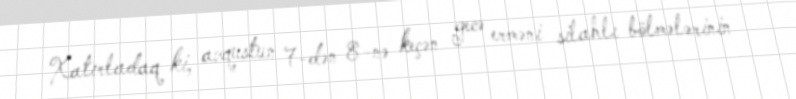
Xatırladaq ki, avqustun 7-dən 8-nə keçən gecə erməni silahlı bölmələrinin